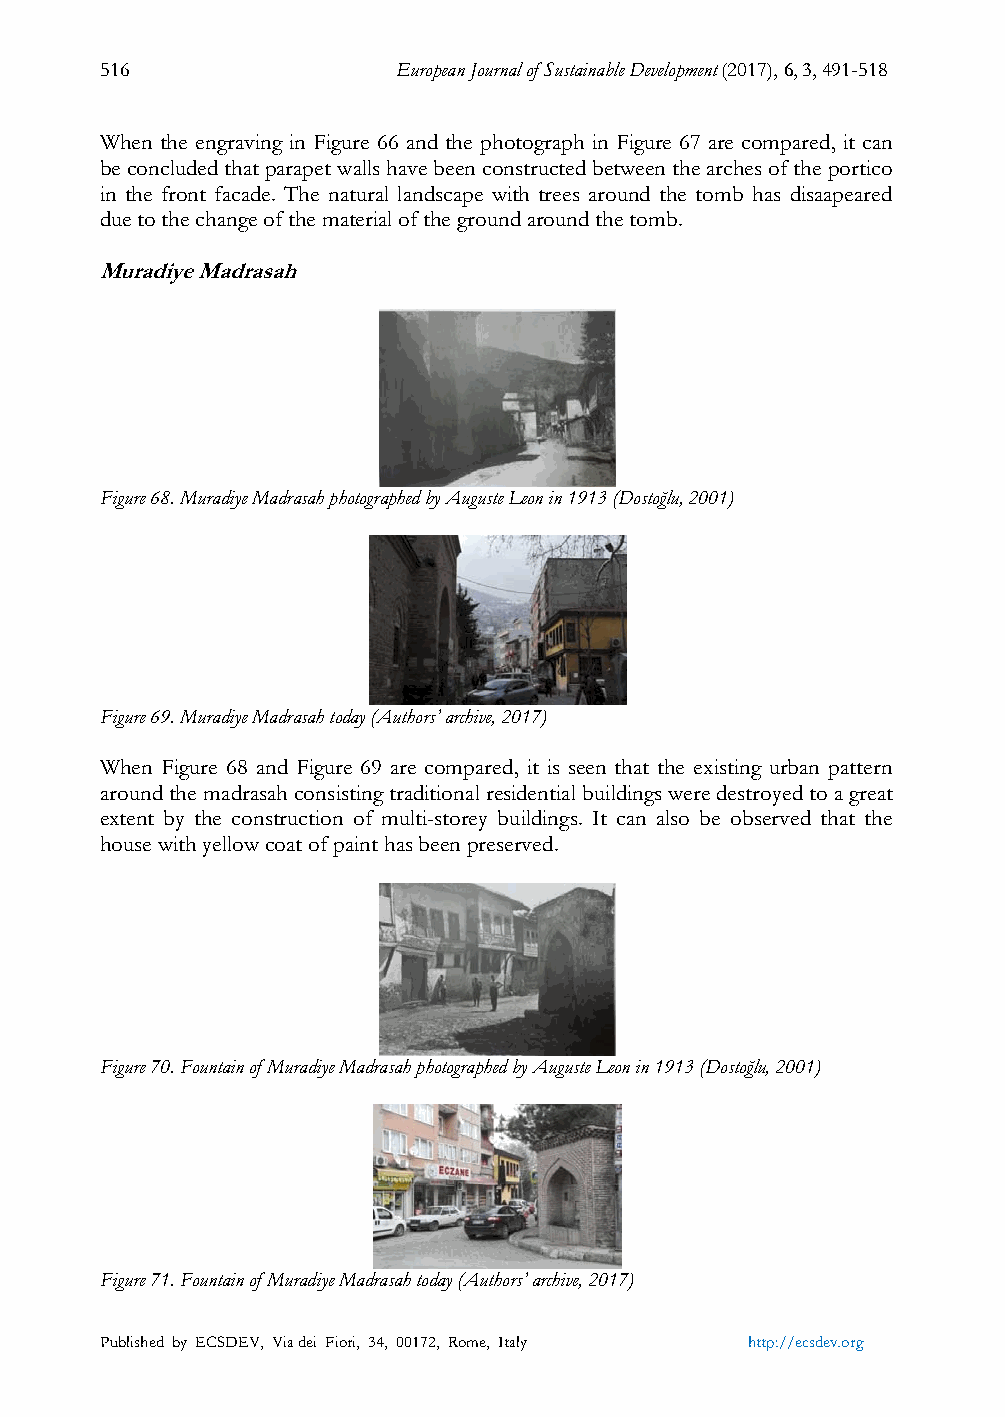
516                European Journal of Sustainable Development (2017), 6, 3, 491-518
 When the engraving in Figure 66 and the photograph in Figure 67 are compared, it can
 be concluded that parapet walls have been constructed between the arches of the portico
 in the front facade. The natural landscape with trees around the tomb has disaapeared
 due to the change of the material of the ground around the tomb.
 Muradiye Madrasah
 Figure 68. Muradiye Madrasah photographed by Auguste Leon in 1913 (Dostoğlu, 2001)
 Figure 69. Muradiye Madrasah today (Authors’ archive, 2017)
 When Figure 68 and Figure 69 are compared, it is seen that the existing urban pattern
 around the madrasah consisting traditional residential buildings were destroyed to a great
 extent by the construction of multi-storey buildings. It can also be observed that the
 house with yellow coat of paint has been preserved.
 Figure 70. Fountain of Muradiye Madrasah photographed by Auguste Leon in 1913 (Dostoğlu, 2001)
 Figure 71. Fountain of Muradiye Madrasah today (Authors’ archive, 2017)
 Published by ECSDEV, Via dei Fiori, 34, 00172, Rome, Italy http://ecsdev.org